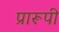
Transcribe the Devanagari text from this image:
प्रारूपी